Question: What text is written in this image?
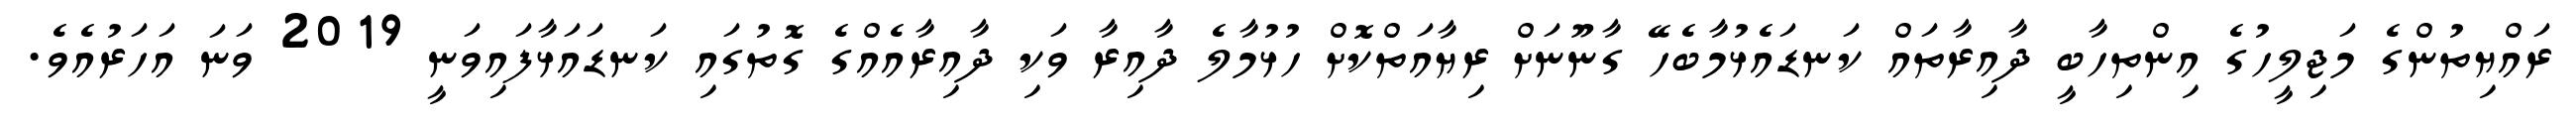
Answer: ރައްޔިތުންގެ މަޖިލީހުގެ އިންތިހާބީ ދާއިރާތައް ކަނޑައެޅުމާބެހޭ ގާނޫނަށް ރިޔާއަތްކޮށް ހުޅުމާލެ ދާއިރާ ވަކި ދާއިރާއެއްގެ ގޮތުގައި ކަނޑައަޅާފައިވަނީ 2019 ވަނަ އަހަރުއެވެ.